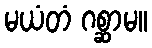
မယံတံ ဂစ္ဆာမ။